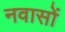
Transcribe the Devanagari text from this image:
नवासों